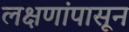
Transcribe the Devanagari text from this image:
लक्षणांपासून